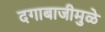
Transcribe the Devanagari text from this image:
दगाबाजीमुळे